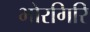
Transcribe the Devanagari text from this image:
भोरगिरि